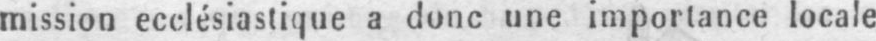
mission ecclésiastique a donc une importance locale